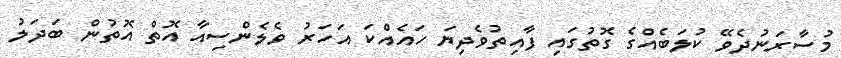
މުސާރަނުދެވޭ ކުލަބެއްގެ ގޮތުގައި ފާއިތުވެދިޔަ ހައެއްކަ އަހަރު ވެލެންސިއާ އޮތް އޮތުން ބަދަލު